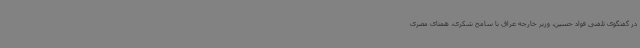
در گفتگوی تلفنی فواد حسین، وزیر خارجه عراق با سامح شکری، همتای مصری‌